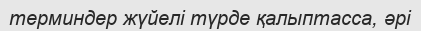
терминдер жүйелі түрде қалыптасса, әрі